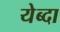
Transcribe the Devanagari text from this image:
येब्दा